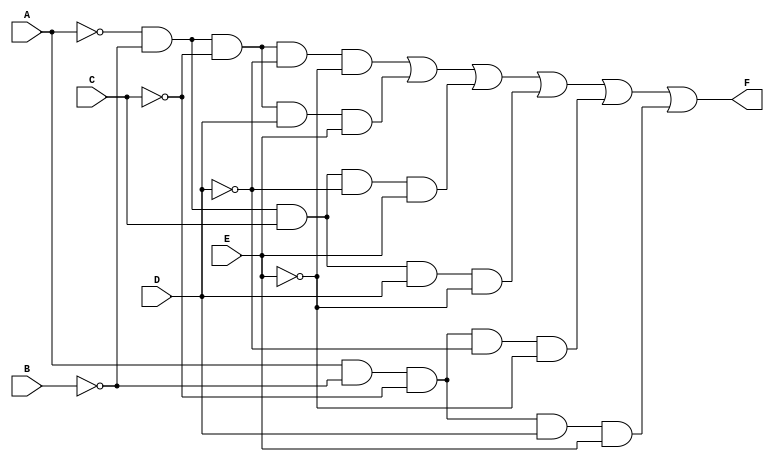
module kmap5vars (
    input wire A,
    input wire B,
    input wire C,
    input wire D,
    input wire E,
    output wire F
);

// Intermediate signals for product terms
wire A_n, B_n, C_n, D_n, E_n;

assign A_n = ~A; // NOT A
assign B_n = ~B; // NOT B
assign C_n = ~C; // NOT C
assign D_n = ~D; // NOT D
assign E_n = ~E; // NOT E

// Define the logic function based on the simplified expression
assign F = (A_n & B_n & C_n & D_n & E_n) | // A'B'C'D'E'
           (A_n & B_n & C_n & D & E) |     // A'B'C'DE
           (A_n & B_n & C & D_n & E) |     // A'B'CD'E
           (A_n & B_n & C & D & E_n) |     // A'B'CD'E'
           (A & B_n & C_n & D_n & E_n) |   // AB'C'D'E'
           (A & B_n & C_n & D & E);         // AB'C'DE

endmodule